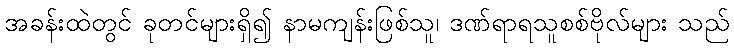
အခန်းထဲတွင် ခုတင်များရှိ၍ နာမကျန်းဖြစ်သူ၊ ဒဏ်ရာရသူစစ်ဗိုလ်များ သည်